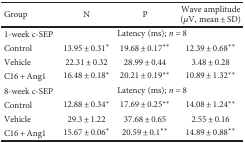
<table><thead><tr><td><b>Group</b></td><td><b>N</b></td><td><b>P</b></td><td><b>Wave amplitude (<i>μ</i>V, mean ± SD)</b></td></tr></thead><tbody><tr><td>1-week c-SEP</td><td colspan="3">Latency (ms); <i>n</i> = 8</td></tr><tr><td>Control</td><td>13.95 ± 0.31<sup>∗</sup></td><td>19.68 ± 0.17<sup>∗∗</sup></td><td>12.39 ± 0.68<sup>∗∗</sup></td></tr><tr><td>Vehicle</td><td>22.31 ± 0.32</td><td>28.99 ± 0.44</td><td>3.48 ± 0.28</td></tr><tr><td>C16 + Ang1</td><td>16.48 ± 0.18<sup>∗</sup></td><td>20.21 ± 0.19<sup>∗∗</sup></td><td>10.89 ± 1.32<sup>∗∗</sup></td></tr><tr><td>8-week c-SEP</td><td colspan="3">Latency (ms); <i>n</i> = 8</td></tr><tr><td>Control</td><td>12.88 ± 0.34<sup>∗</sup></td><td>17.69 ± 0.25<sup>∗∗</sup></td><td>14.08 ± 1.24<sup>∗∗</sup></td></tr><tr><td>Vehicle</td><td>29.3 ± 1.22</td><td>37.68 ± 0.65</td><td>2.55 ± 0.16</td></tr><tr><td>C16 + Ang1</td><td>15.67 ± 0.06<sup>∗</sup></td><td>20.59 ± 0.1<sup>∗∗</sup></td><td>14.89 ± 0.88<sup>∗∗</sup></td></tr></tbody></table>